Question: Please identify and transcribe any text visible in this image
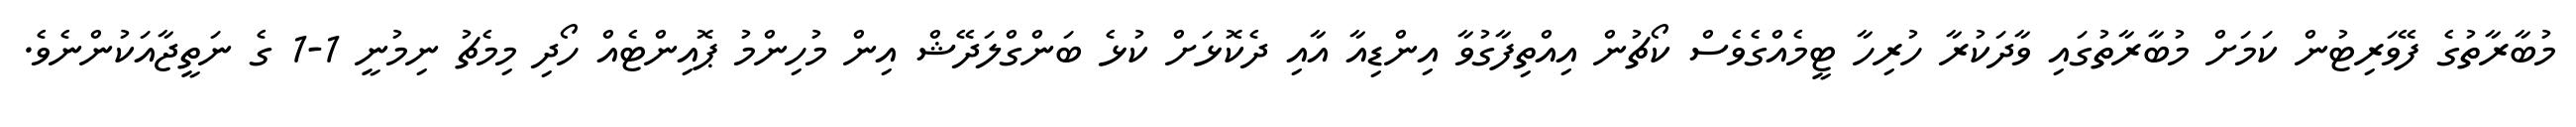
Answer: މުބާރާތުގެ ފޭވަރިޓުން ކަމަށް މުބާރާތުގައި ވާދަކުރާ ހުރިހާ ޓީމެއްގެވެސް ކޯޗުން އިއްތިފާގުވާ އިންޑިއާ އާއި ދެކޮޅަށް ކުޅެ ބަންގްލަދޭޝް އިން މުހިންމު ޕޮއިންޓެއް ހޯދި މިމެޗު ނިމުނީ 1-1 ގެ ނަތީޖާއަކުންނެވެ.